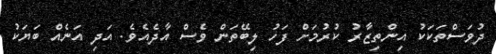
ދުވަސްތަކަކު އިންތިޒާރު ކުރުމަށް ފަހު ލިބޭތަން ވެސް އާދެއެވެ. އަދި އަނެއް ބަޔަކު